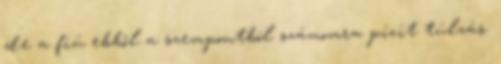
de a fiú ebből a szempontból számomra picit túlzás.